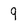
Character: 9